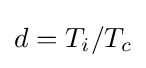
d=T_{i}/T_{c}